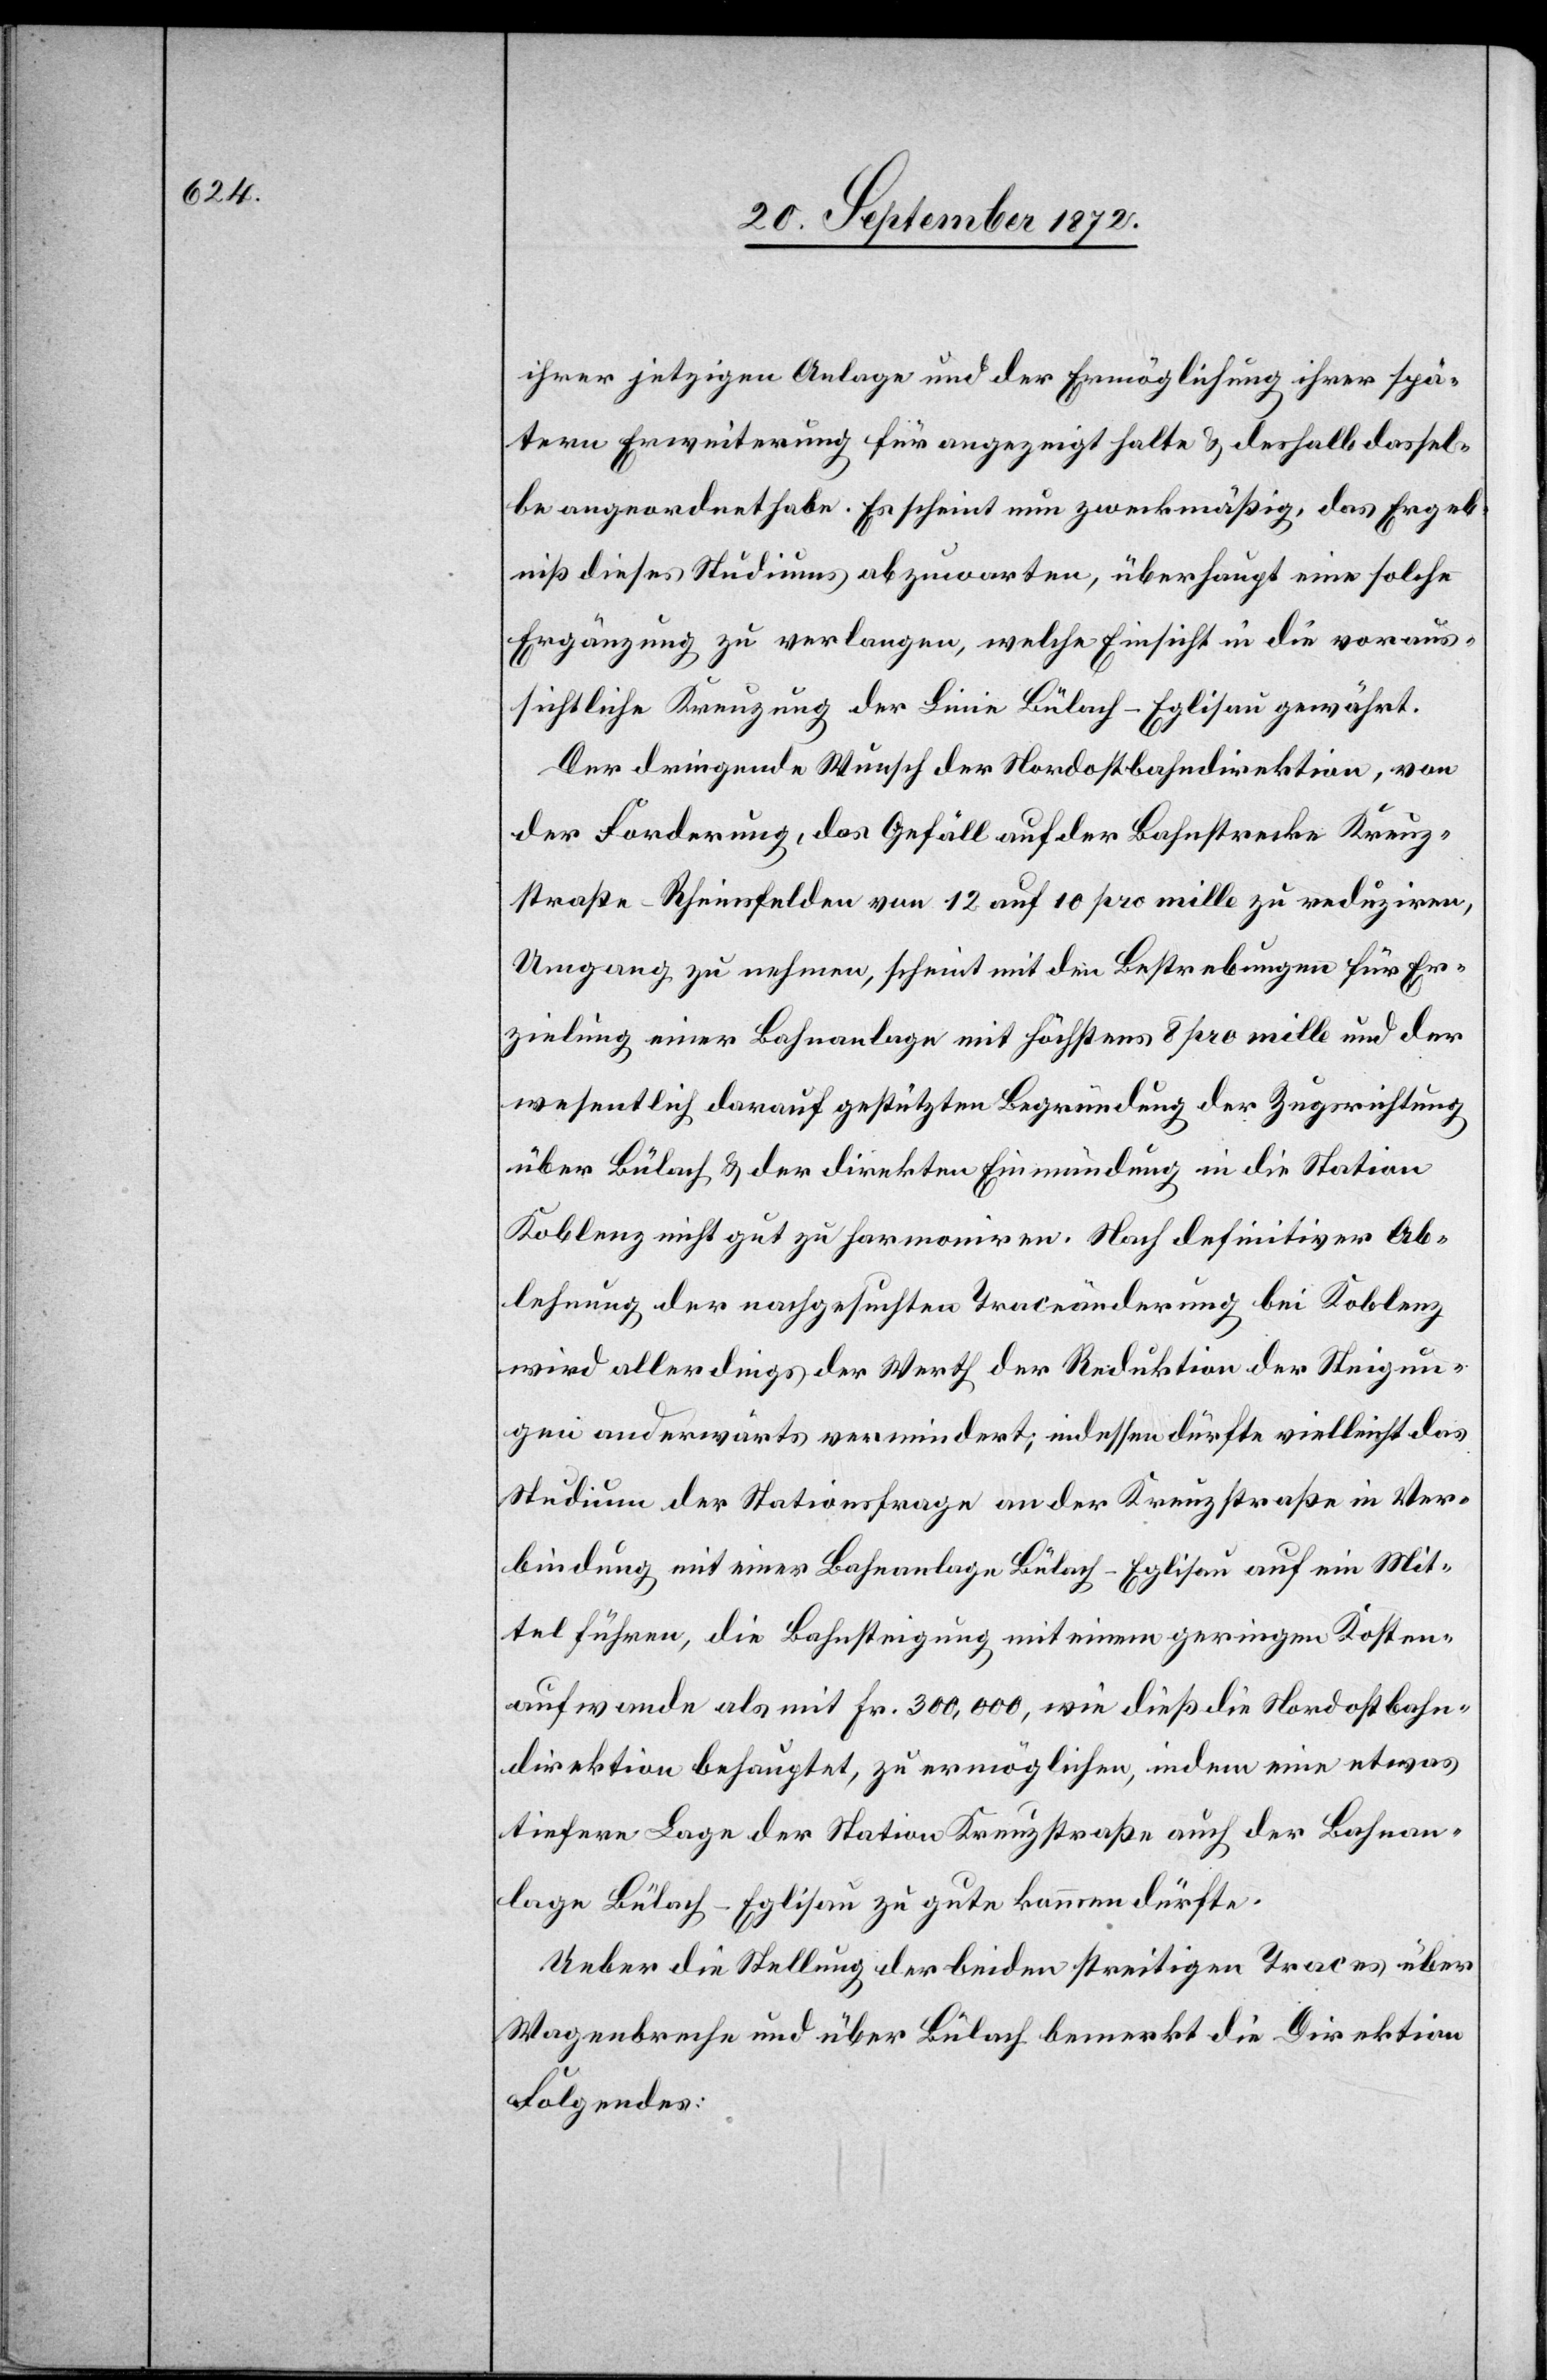
ihrer jetzigen Anlage und der Ermöglichung ihrer spä¬
tern Erweiterung für angezeigt halte u. deshalb dassel¬
be angeordnet habe. Es scheint nun zweckmäßig, das Ergeb¬
niß dieses Studiums abzuwarten, überhaupt eine solche
Ergänzung zu verlangen, welche Einsicht in die voraus¬
sichtliche Kreuzung der Linie Bülach–Eglisau gewährt.
Der dringende Wunsch der Nordostbahndirektion, von
der Forderung, das Gefäll auf der Bahnstrecke Kreuz¬
straße–Rheinsfelden von 12 auf 10 pro mille zu reduziren,
Umgang zu nehmen, scheint mit den Bestrebungen für Er¬
zielung einer Bahnanlage mit höchstens 8 pro mille und der
wesentlich darauf gestützten Begründung der Zugsrichtung
über Bülach u. der direkten Einmündung in die Station
Koblenz nicht gut zu harmoniren. Nach definitiver Ab¬
lehnung der nachgesuchten Traceänderung bei Koblenz
wird allerdings der Werth der Reduktion der Steigun¬
gen anderwärts vermindert, indessen dürfte vielleicht das
Studium der Stationsfrage an der Kreuzstraße in Ver¬
bindung mit einer Bahnanlage Bülach–Eglisau auf ein Mit¬
tel führen, die Bahnsteigung mit einem geringen Kosten¬
aufwande als mit Fr. 300,000, wie dieß die Nordostbahn¬
direktion behauptet, zu ermöglichen, indem eine etwas
tiefere Lage der Station Kreuzstraße auch der Bahnan¬
lage Bülach–Eglisau zu gute kommen dürfte.
Ueber die Stellung der beiden streitigen Traces über
Wagenbreche und über Bülach bemerkt die Direktion
Folgendes: